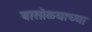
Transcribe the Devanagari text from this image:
वासोळ्याच्या